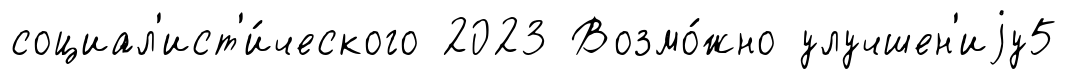
социал'ист'и́ческого 2023 Возмо́жно улучшен'иjу5